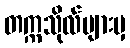
တက္ကသိုလ်များမှ